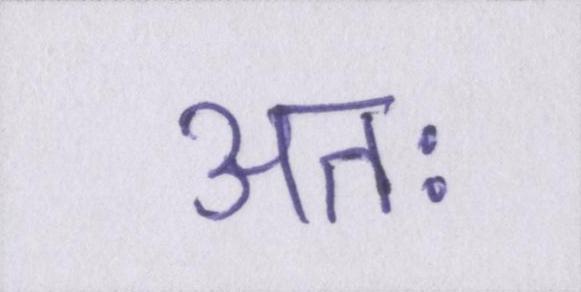
अतः